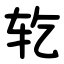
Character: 䢀